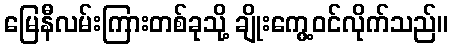
မြေနီလမ်းကြားတစ်ခုသို့ ချိုးကွေ့ဝင်လိုက်သည်။